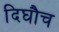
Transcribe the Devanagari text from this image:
दिघौच